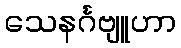
သေနင်္ဂဗျူဟာ